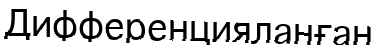
Дифференцияланған